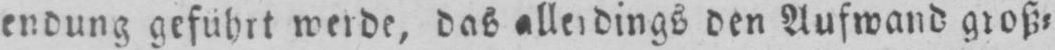
den Aufwand groß⸗